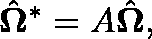
\hat { \mathbf { \Omega } } ^ { * } = A \hat { \mathbf { \Omega } } ,